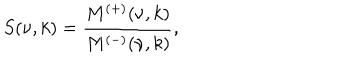
LaTeX: S ( \nu , k ) = \frac { M ^ { ( + ) } ( \nu , k ) } { M ^ { ( - ) } ( \nu , k ) } ,